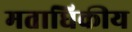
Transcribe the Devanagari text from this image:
मताधिकीय